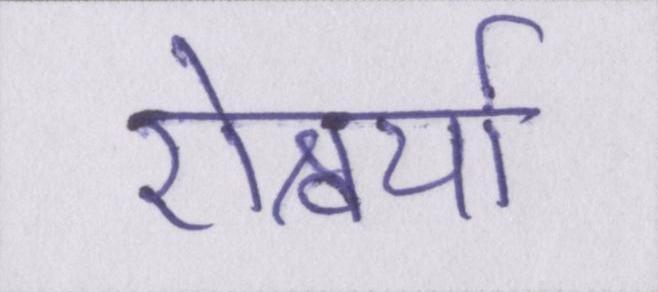
ऐश्वर्या